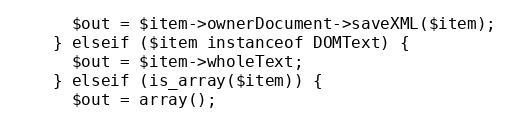
Language: PHP
      $out = $item->ownerDocument->saveXML($item);
    } elseif ($item instanceof DOMText) {
      $out = $item->wholeText;
    } elseif (is_array($item)) {
      $out = array();